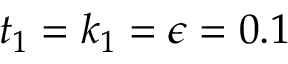
t _ { 1 } = k _ { 1 } = \epsilon = 0 . 1